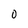
Character: 0